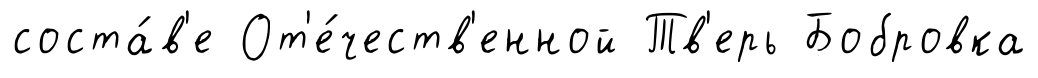
соста́в'е От'е́честв'енной Тв'ерь Бобровка